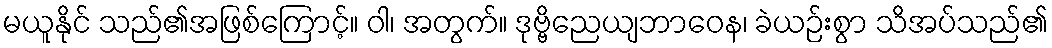
မယူနိုင် သည်၏အဖြစ်ကြောင့်။ ဝါ၊ အတွက်။ ဒုဗ္ဗိညေယျဘာဝေန၊ ခဲယဉ်းစွာ သိအပ်သည်၏